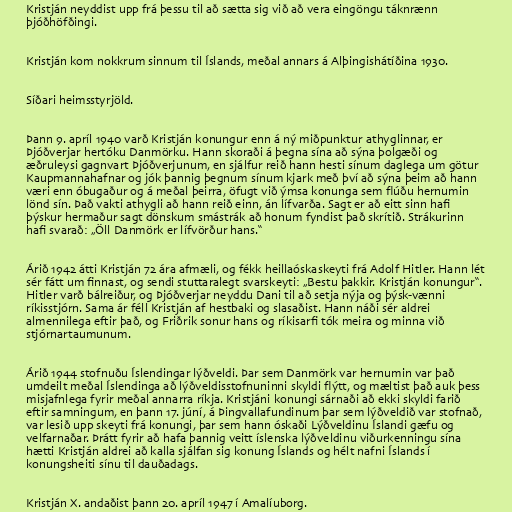
Kristján neyddist upp frá þessu til að sætta sig við að vera eingöngu táknrænn
þjóðhöfðingi.

Kristján kom nokkrum sinnum til Íslands, meðal annars á Alþingishátíðina 1930.

Síðari heimsstyrjöld.

Þann 9. apríl 1940 varð Kristján konungur enn á ný miðpunktur athyglinnar, er
Þjóðverjar hertóku Danmörku. Hann skoraði á þegna sína að sýna þolgæði og
æðruleysi gagnvart Þjóðverjunum, en sjálfur reið hann hesti sínum daglega um götur
Kaupmannahafnar og jók þannig þegnum sínum kjark með því að sýna þeim að hann
væri enn óbugaður og á meðal þeirra, öfugt við ýmsa konunga sem flúðu hernumin
lönd sín. Það vakti athygli að hann reið einn, án lífvarða. Sagt er að eitt sinn hafi
þýskur hermaður sagt dönskum smástrák að honum fyndist það skrítið. Strákurinn
hafi svarað: „Öll Danmörk er lífvörður hans.“

Árið 1942 átti Kristján 72 ára afmæli, og fékk heillaóskaskeyti frá Adolf Hitler. Hann lét
sér fátt um finnast, og sendi stuttaralegt svarskeyti: „Bestu þakkir. Kristján konungur“.
Hitler varð bálreiður, og Þjóðverjar neyddu Dani til að setja nýja og þýsk-vænni
ríkisstjórn. Sama ár féll Kristján af hestbaki og slasaðist. Hann náði sér aldrei
almennilega eftir það, og Friðrik sonur hans og ríkisarfi tók meira og minna við
stjórnartaumunum.

Árið 1944 stofnuðu Íslendingar lýðveldi. Þar sem Danmörk var hernumin var það
umdeilt meðal Íslendinga að lýðveldisstofnuninni skyldi flýtt, og mæltist það auk þess
misjafnlega fyrir meðal annarra ríkja. Kristjáni konungi sárnaði að ekki skyldi farið
eftir samningum, en þann 17. júní, á Þingvallafundinum þar sem lýðveldið var stofnað,
var lesið upp skeyti frá konungi, þar sem hann óskaði Lýðveldinu Íslandi gæfu og
velfarnaðar. Þrátt fyrir að hafa þannig veitt íslenska lýðveldinu viðurkenningu sína
hætti Kristján aldrei að kalla sjálfan sig konung Íslands og hélt nafni Íslands í
konungsheiti sínu til dauðadags.

Kristján X. andaðist þann 20. apríl 1947 í Amalíuborg.